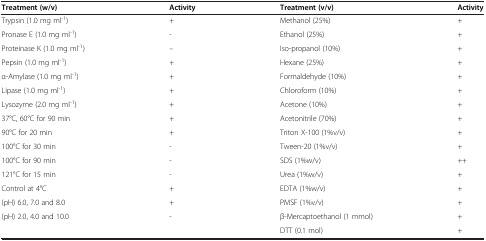
<table><thead><tr><td><b>Treatment (w/v)</b></td><td><b>Activity</b></td><td><b>Treatment (v/v)</b></td><td><b>Activity</b></td></tr></thead><tbody><tr><td>Trypsin (1.0 mg ml<sup>-1</sup>)</td><td>+</td><td>Methanol (25%)</td><td>+</td></tr><tr><td>Pronase E (1.0 mg ml<sup>-1</sup>)</td><td>-</td><td>Ethanol (25%)</td><td>+</td></tr><tr><td>Proteinase K (1.0 mg ml<sup>-1</sup>)</td><td>--</td><td>Iso-propanol (10%)</td><td>+</td></tr><tr><td>Pepsin (1.0 mg ml<sup>-1</sup>)</td><td>+</td><td>Hexane (25%)</td><td>+</td></tr><tr><td>α-Amylase (1.0 mg ml<sup>-1</sup>)</td><td>+</td><td>Formaldehyde (10%)</td><td>+</td></tr><tr><td>Lipase (1.0 mg ml<sup>-1</sup>)</td><td>+</td><td>Chloroform (10%)</td><td>+</td></tr><tr><td>Lysozyme (2.0 mg ml<sup>-1</sup>)</td><td>+</td><td>Acetone (10%)</td><td>+</td></tr><tr><td>37°C, 60°C for 90 min</td><td>+</td><td>Acetonitrile (70%)</td><td>+</td></tr><tr><td>90°C for 20 min</td><td>+</td><td>Triton X-100 (1%v/v)</td><td>+</td></tr><tr><td>100°C for 30 min</td><td>-</td><td>Tween-20 (1%v/v)</td><td>+</td></tr><tr><td>100°C for 90 min</td><td>-</td><td>SDS (1%w/v)</td><td>++</td></tr><tr><td>121°C for 15 min</td><td>-</td><td>Urea (1%w/v)</td><td>+</td></tr><tr><td>Control at 4°C</td><td>+</td><td>EDTA (1%w/v)</td><td>+</td></tr><tr><td>(pH) 6.0, 7.0 and 8.0</td><td>+</td><td>PMSF (1%v/v)</td><td>+</td></tr><tr><td>(pH) 2.0, 4.0 and 10.0</td><td>-</td><td>β-Mercaptoethanol (1 mmol)</td><td>+</td></tr><tr><td> </td><td> </td><td>DTT (0.1 mol)</td><td>+</td></tr></tbody></table>